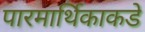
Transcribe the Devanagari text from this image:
पारमार्थिकाकडे